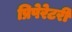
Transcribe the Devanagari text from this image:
प्रिपेरेटरी